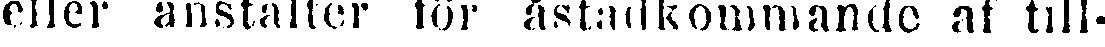
eller anstalter för åstadkommande af till-